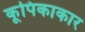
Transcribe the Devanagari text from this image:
कूपिकाकार